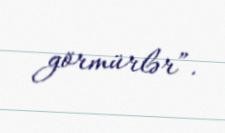
görmürlər”.